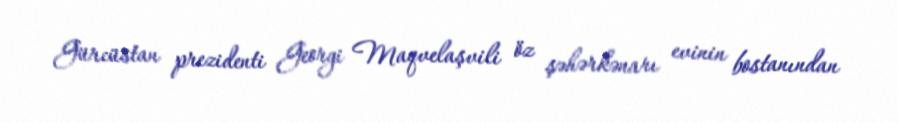
Gürcüstan prezidenti Georgi Maqvelaşvili öz şəhərkənarı evinin bostanından